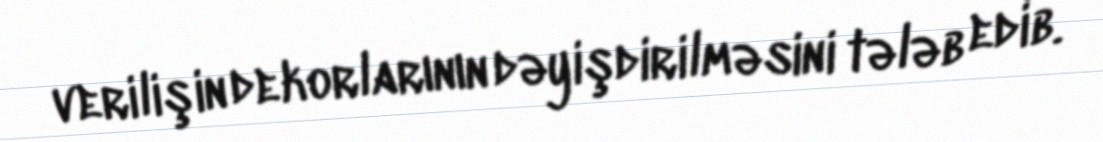
verilişin dekorlarının dəyişdirilməsini tələb edib.